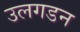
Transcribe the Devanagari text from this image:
उलगडन